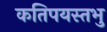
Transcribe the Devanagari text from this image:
कतिपयस्तभु